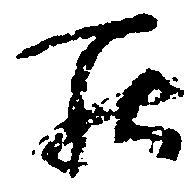
罷